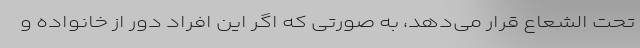
تحت الشعاع قرار می‌دهد، به صورتی که اگر این افراد دور از خانواده و